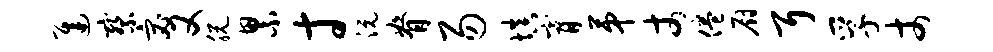
迟察宓又脱累寸沅脊易填膏第丈倦厨耳孚丈